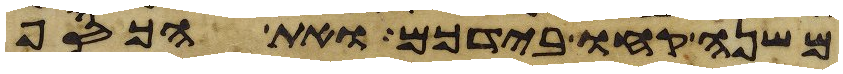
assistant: משנה קחו בידכם ואת הכסף